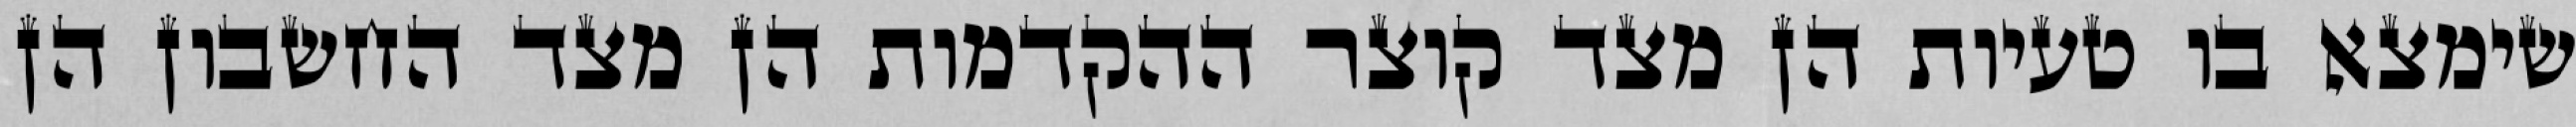
שימצא בו טעיות הן מצד קוצר ההקדמות הן מצד החשבון הן